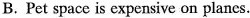
B. Pet space is expensive on planes.